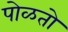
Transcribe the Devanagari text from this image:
पोळतो